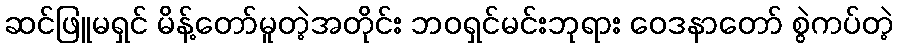
ဆင်ဖြူမရှင် မိန့်တော်မူတဲ့အတိုင်း ဘဝရှင်မင်းဘုရား ဝေဒနာတော် စွဲကပ်တဲ့